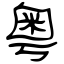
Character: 粤